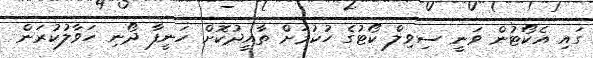
ގައި އެކޯޓުން ވަނީ ސިވިލް ކޯޓުގެ ހުކުމަށް ތާއީދުކޮށް ހަނީފާ ދޯނި ހަވާލުކުރަން